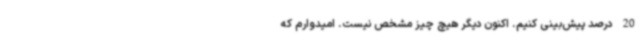
20 درصد پیش‌بینی کنیم. اکنون دیگر هیچ چیز مشخص نیست. امیدوارم که